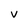
Character: V